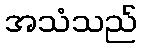
အသံသည်